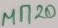
Text: MN20